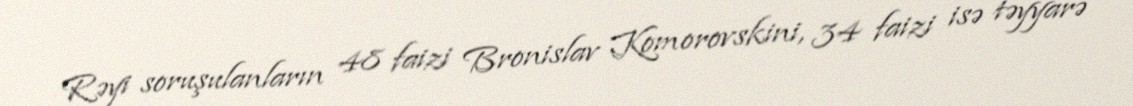
Rəyi soruşulanların 48 faizi Bronislav Komorovskini, 34 faizi isə təyyarə